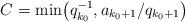
LaTeX: \begin{align*}C = \min\!\left(q_{k_0}^{-1}, a_{k_0 + 1}/q_{k_0 + 1} \right)\end{align*}